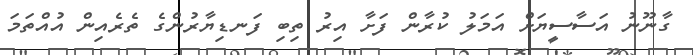
ގާނޫނު އަސާސީޔަށް އަމަލު ކުރާން ފަށާ އިރު ތިބި ފަނޑިޔާރުންގެ ތެރެއިން އުއްތަމަ